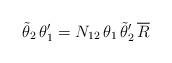
LaTeX: \begin{align*}\tilde{\theta}_2\,\theta _1'=N_{12}\,\theta _1\,\tilde{\theta }_2'\,\overline{R} \end{align*}